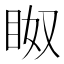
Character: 𱲰